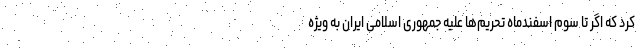
کرد که اگر تا سوم اسفندماه تحریم‌ها علیه جمهوری اسلامی ایران به ویژه